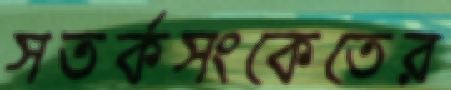
সতর্কসংকেতের